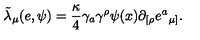
{ \tilde { \lambda } } _ { \mu } ( e , \psi ) = { \frac { \kappa } { 4 } } \gamma _ { a } \gamma ^ { \rho } \psi ( x ) \partial _ { [ \rho } e { ^ a } _ { \mu ] } .